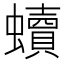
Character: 𧔖